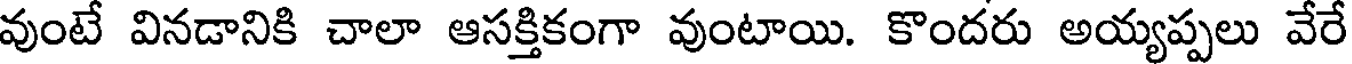
వుంటే వినడానికి చాలా ఆసక్తికంగా వుంటాయి. కొందరు అయ్యప్పలు వేరే